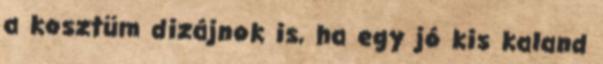
a kosztüm dizájnok is, ha egy jó kis kaland